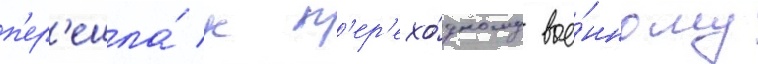
п'ер'ешла́ к п'ер'ехо́дному вое́нному